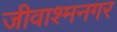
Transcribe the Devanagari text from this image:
जीवाश्मनगर